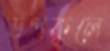
উপকুলে